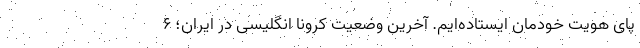
پای هویت خودمان ایستاده‌ایم. آخرین وضعیت کرونا انگلیسی در ایران؛ ۶